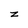
Character: z